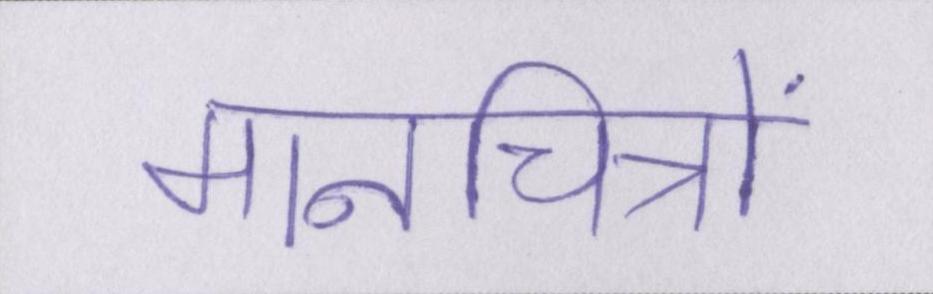
मानचित्रों